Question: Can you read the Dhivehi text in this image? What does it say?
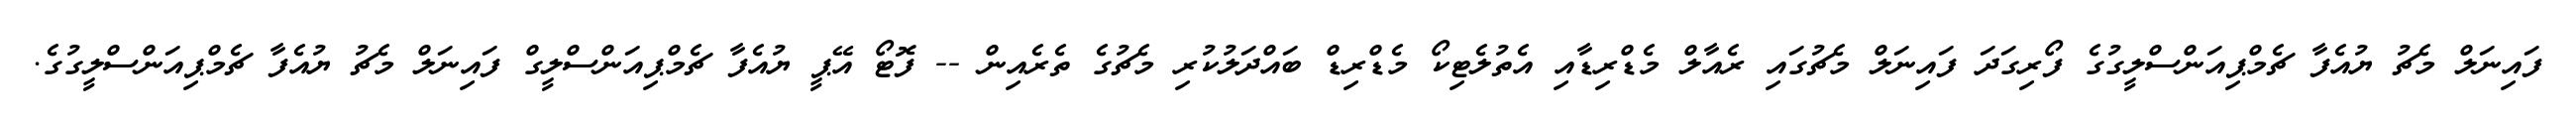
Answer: ފައިނަލް މެޗު ޔުއެފާ ޗެމްޕިއަންސްލީގުގެ ފޯރިގަދަ ފައިނަލް މެޗުގައި ރެއާލް މެޑްރިޑާއި އެތުލެޓިކޯ މެޑްރިޑް ބައްދަލުކުރި މެޗުގެ ތެރެއިން -- ފޮޓޯ އޭޕީ ޔުއެފާ ޗެމްޕިއަންސްލީގް ފައިނަލް މެޗު ޔުއެފާ ޗެމްޕިއަންސްލީގުގެ.